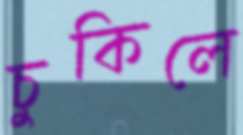
চুকিলে